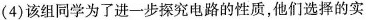
(4)该组同学为了进一步探究电路的性质，他们选择的实